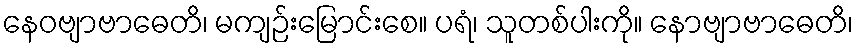
နေဝဗျာဗာဓေတိ၊ မကျဉ်းမြောင်းစေ။ ပရံ၊ သူတစ်ပါးကို။ နောဗျာဗာဓေတိ၊